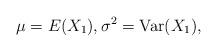
LaTeX: \begin{align*} \mu = E(X_1), \sigma^2 = \operatorname{Var}( X_1 ),\end{align*}